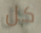
كل